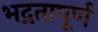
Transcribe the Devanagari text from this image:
भद्रतापूर्ण